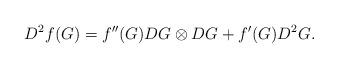
LaTeX: \begin{align*}D^2f(G) = f''(G)D G\otimes D G + f'(G)D^2 G.\end{align*}